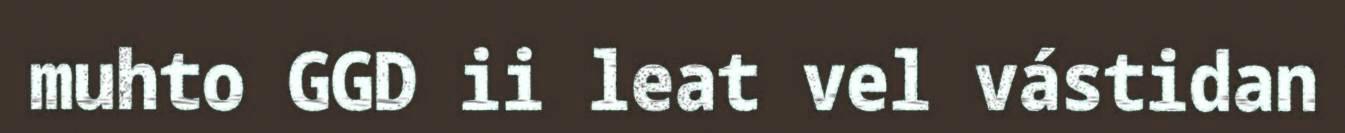
muhto GGD ii leat vel vástidan